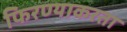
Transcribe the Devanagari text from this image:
फिरण्याकरता